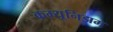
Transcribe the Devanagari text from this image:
कम्यूनिझम